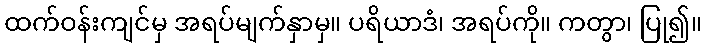
ထက်ဝန်းကျင်မှ အရပ်မျက်နှာမှ။ ပရိယာဒံ၊ အရပ်ကို။ ကတွာ၊ ပြု၍။